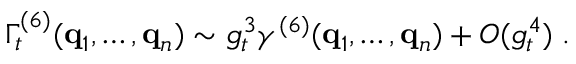
\Gamma _ { t } ^ { ( 6 ) } ( { \bf { q } } _ { 1 } , \ldots , { \bf { q } } _ { n } ) \sim g _ { t } ^ { 3 } \gamma ^ { ( 6 ) } ( { \bf { q } } _ { 1 } , \ldots , { \bf { q } } _ { n } ) + O ( g _ { t } ^ { 4 } ) \; .